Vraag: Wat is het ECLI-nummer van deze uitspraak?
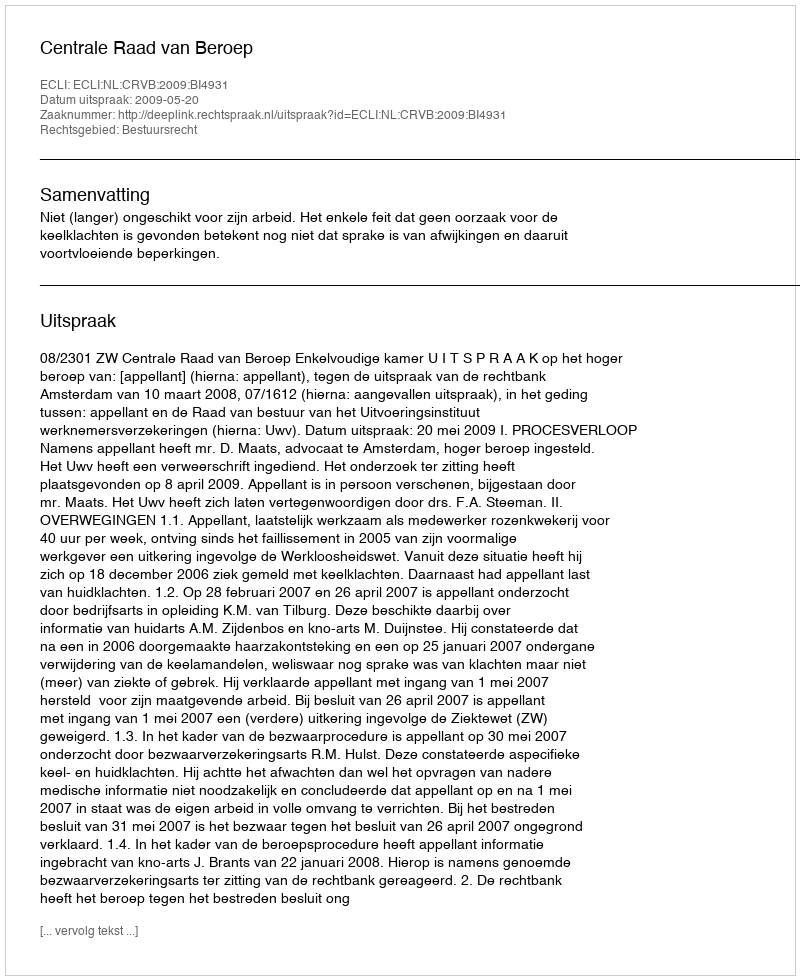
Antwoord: ECLI:NL:CRVB:2009:BI4931